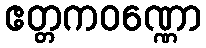
ဧတ္တကဝဏ္ဏော